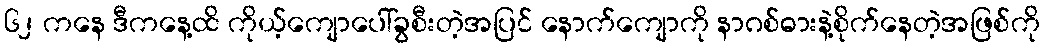
၆၂ ကနေ ဒီကနေ့ထိ ကိုယ့်ကျောပေါ်ခွစီးတဲ့အပြင် နောက်ကျောကို နာဂစ်ဓားနဲ့စိုက်နေတဲ့အဖြစ်ကို